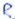
Text: R